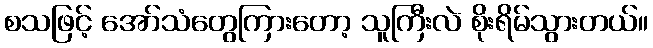
စသဖြင့် အော်သံတွေကြားတော့ သူကြီးလဲ စိုးရိမ်သွားတယ်။